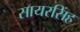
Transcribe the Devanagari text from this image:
सायरसिंह